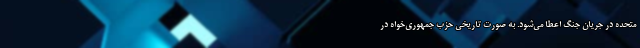
متحده در جریان جنگ اعطا می‌شود. به صورت تاریخی حزب جمهوری‌خواه در